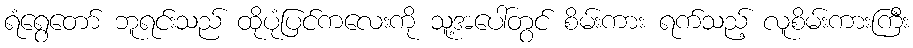
ရံရွေတော် ဘူရင်းသည် ထိုပုံပြင်ကလေးကို သူ့အပေါ်တွင် စိမ်းကား ရက်သည့် လူစိမ်းကားကြီး